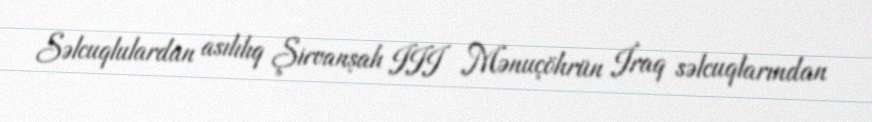
Səlcuqlulardan asılılıq Şirvanşah III Mənuçöhrün İraq səlcuqlarından